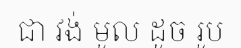
ជា វង់ មូល ដូច រូប